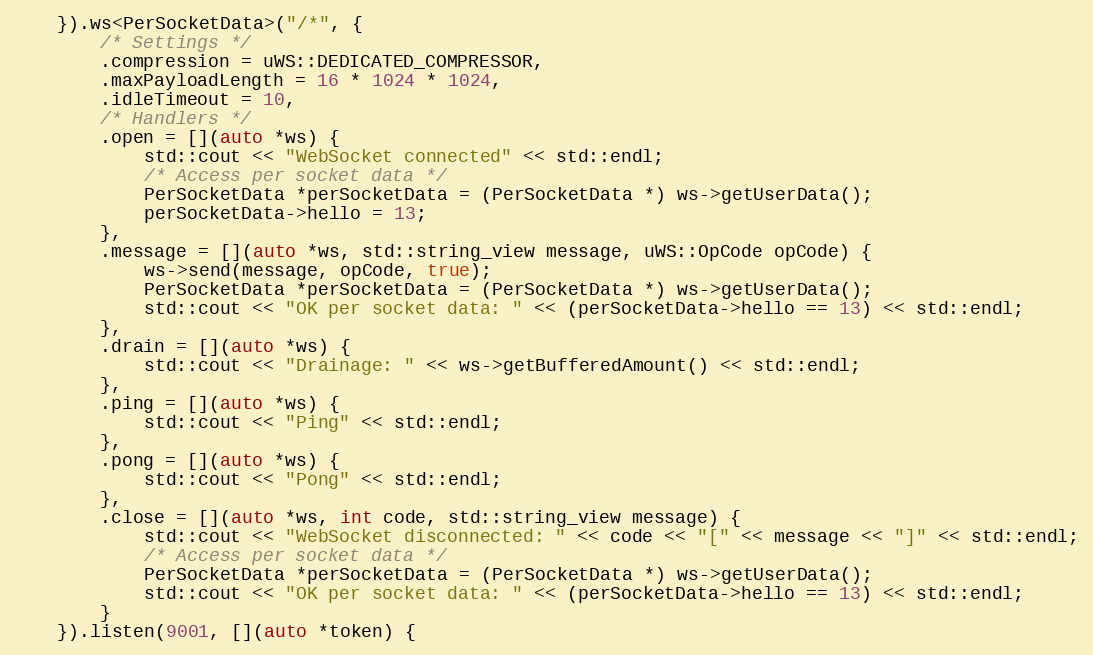
Language: C++
    }).ws<PerSocketData>("/*", {
        /* Settings */
        .compression = uWS::DEDICATED_COMPRESSOR,
        .maxPayloadLength = 16 * 1024 * 1024,
        .idleTimeout = 10,
        /* Handlers */
        .open = [](auto *ws) {
            std::cout << "WebSocket connected" << std::endl;
            /* Access per socket data */
            PerSocketData *perSocketData = (PerSocketData *) ws->getUserData();
            perSocketData->hello = 13;
        },
        .message = [](auto *ws, std::string_view message, uWS::OpCode opCode) {
            ws->send(message, opCode, true);
            PerSocketData *perSocketData = (PerSocketData *) ws->getUserData();
            std::cout << "OK per socket data: " << (perSocketData->hello == 13) << std::endl;
        },
        .drain = [](auto *ws) {
            std::cout << "Drainage: " << ws->getBufferedAmount() << std::endl;
        },
        .ping = [](auto *ws) {
            std::cout << "Ping" << std::endl;
        },
        .pong = [](auto *ws) {
            std::cout << "Pong" << std::endl;
        },
        .close = [](auto *ws, int code, std::string_view message) {
            std::cout << "WebSocket disconnected: " << code << "[" << message << "]" << std::endl;
            /* Access per socket data */
            PerSocketData *perSocketData = (PerSocketData *) ws->getUserData();
            std::cout << "OK per socket data: " << (perSocketData->hello == 13) << std::endl;
        }
    }).listen(9001, [](auto *token) {